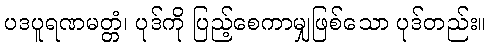
ပဒပူရဏမတ္တံ၊ ပုဒ်ကို ပြည့်စေကာမျှဖြစ်သော ပုဒ်တည်း။